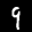
Label: 9